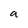
Character: a